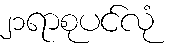
၂၁ရာစုပင်လုံ